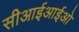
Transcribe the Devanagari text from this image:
सीआईआईओ